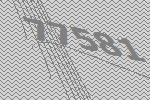
77581